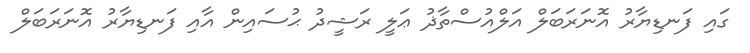
ގައި ފަނޑިޔާރު އޮނަރަބަލް އަލްއުސްތާޛު ޢަލީ ރަޝީދު ޙުސައިން އާއި ފަނޑިޔާރު އޮނަރަބަލް